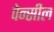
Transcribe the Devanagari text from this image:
पेन्सील